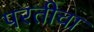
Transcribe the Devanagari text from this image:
परतीचा